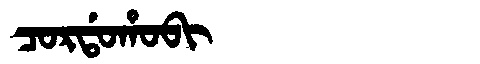
Manchu: ᠴᠣᡵᡩᠣᡥᠣᠪᡳ
Romanization: CORDOHOBI